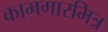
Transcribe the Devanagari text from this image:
कामगारमित्र